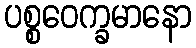
ပစ္စဝေက္ခမာနော